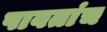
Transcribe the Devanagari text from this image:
पावतांच